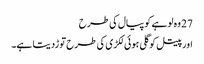
27 وہ لوہے کو پیال کی طرح
اور پیتل کو گلی ہوئی لکڑی کی طرح توڑدیتا ہے۔